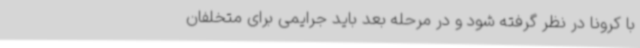
با کرونا در نظر گرفته شود و در مرحله بعد باید جرایمی برای متخلفان